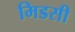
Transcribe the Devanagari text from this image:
मिडसी